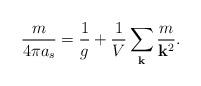
LaTeX: \begin{align*}{m \over 4 \pi a_s}={1\over g} + {1\over V}\sum_{\bf k}{m \over {\bf k}^2} . \end{align*}